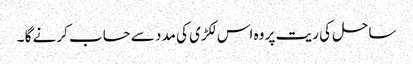
ساحل کی ریت پر وہ اس لکڑی کی مدد سے حساب کرنے گا ۔